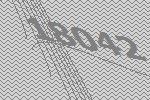
18042